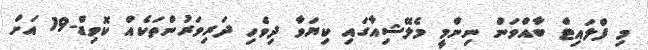
މި ފްލައިޓް ބާއްވަން ނިންމީ މެލޭޝިއާގައި ކިޔަވާ ދިވެހި ދަރިވަރުންތަކެއް ކޮވިޑް-19 އަށް